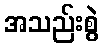
အသည်းစွဲ